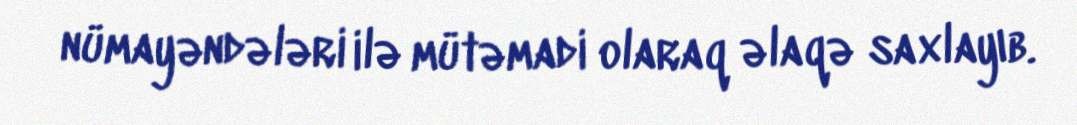
nümayəndələri ilə mütəmadi olaraq əlaqə saxlayıb.